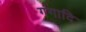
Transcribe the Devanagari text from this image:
गंगादि